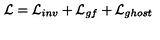
{ \cal L } = { \cal L } _ { i n v } + { \cal L } _ { g f } + { \cal L } _ { g h o s t }